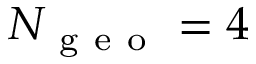
N _ { \mathrm { ~ g ~ e ~ o ~ } } = 4